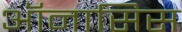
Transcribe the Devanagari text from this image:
ऑनासिस